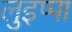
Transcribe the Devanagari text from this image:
लुइप्पा